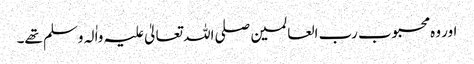
اور وہ محبوب رب العالمین صلی اللہ تعالیٰ علیہ واٰلہ وسلم تھے۔